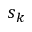
s _ { k }